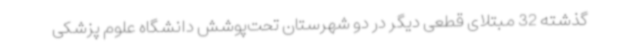
گذشته 32 مبتلای قطعی دیگر در دو شهرستان تحت‌پوشش دانشگاه علوم پزشکی